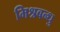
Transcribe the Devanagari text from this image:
मिश्रबन्धु